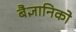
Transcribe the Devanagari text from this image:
बैज्ञानिको